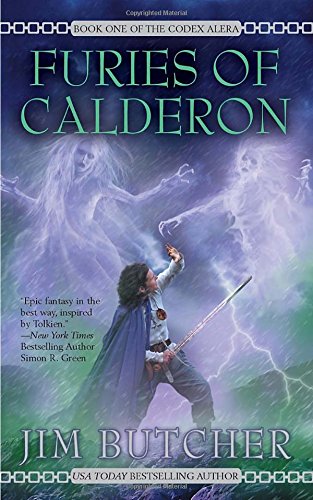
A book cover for Furies of Calderon (Codex Alera, Book 1); Jim Butcher; Science Fiction & Fantasy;